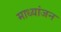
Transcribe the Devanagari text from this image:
माध्यांजन